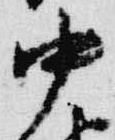
中